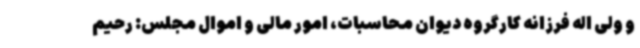
و ولی اله فرزانه کارگروه دیوان محاسبات، امور مالی و اموال مجلس: رحیم